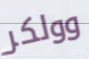
وولكر